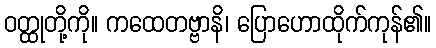
ဝတ္ထုတို့ကို။ ကထေတဗ္ဗာနိ၊ ပြောဟောထိုက်ကုန်၏။